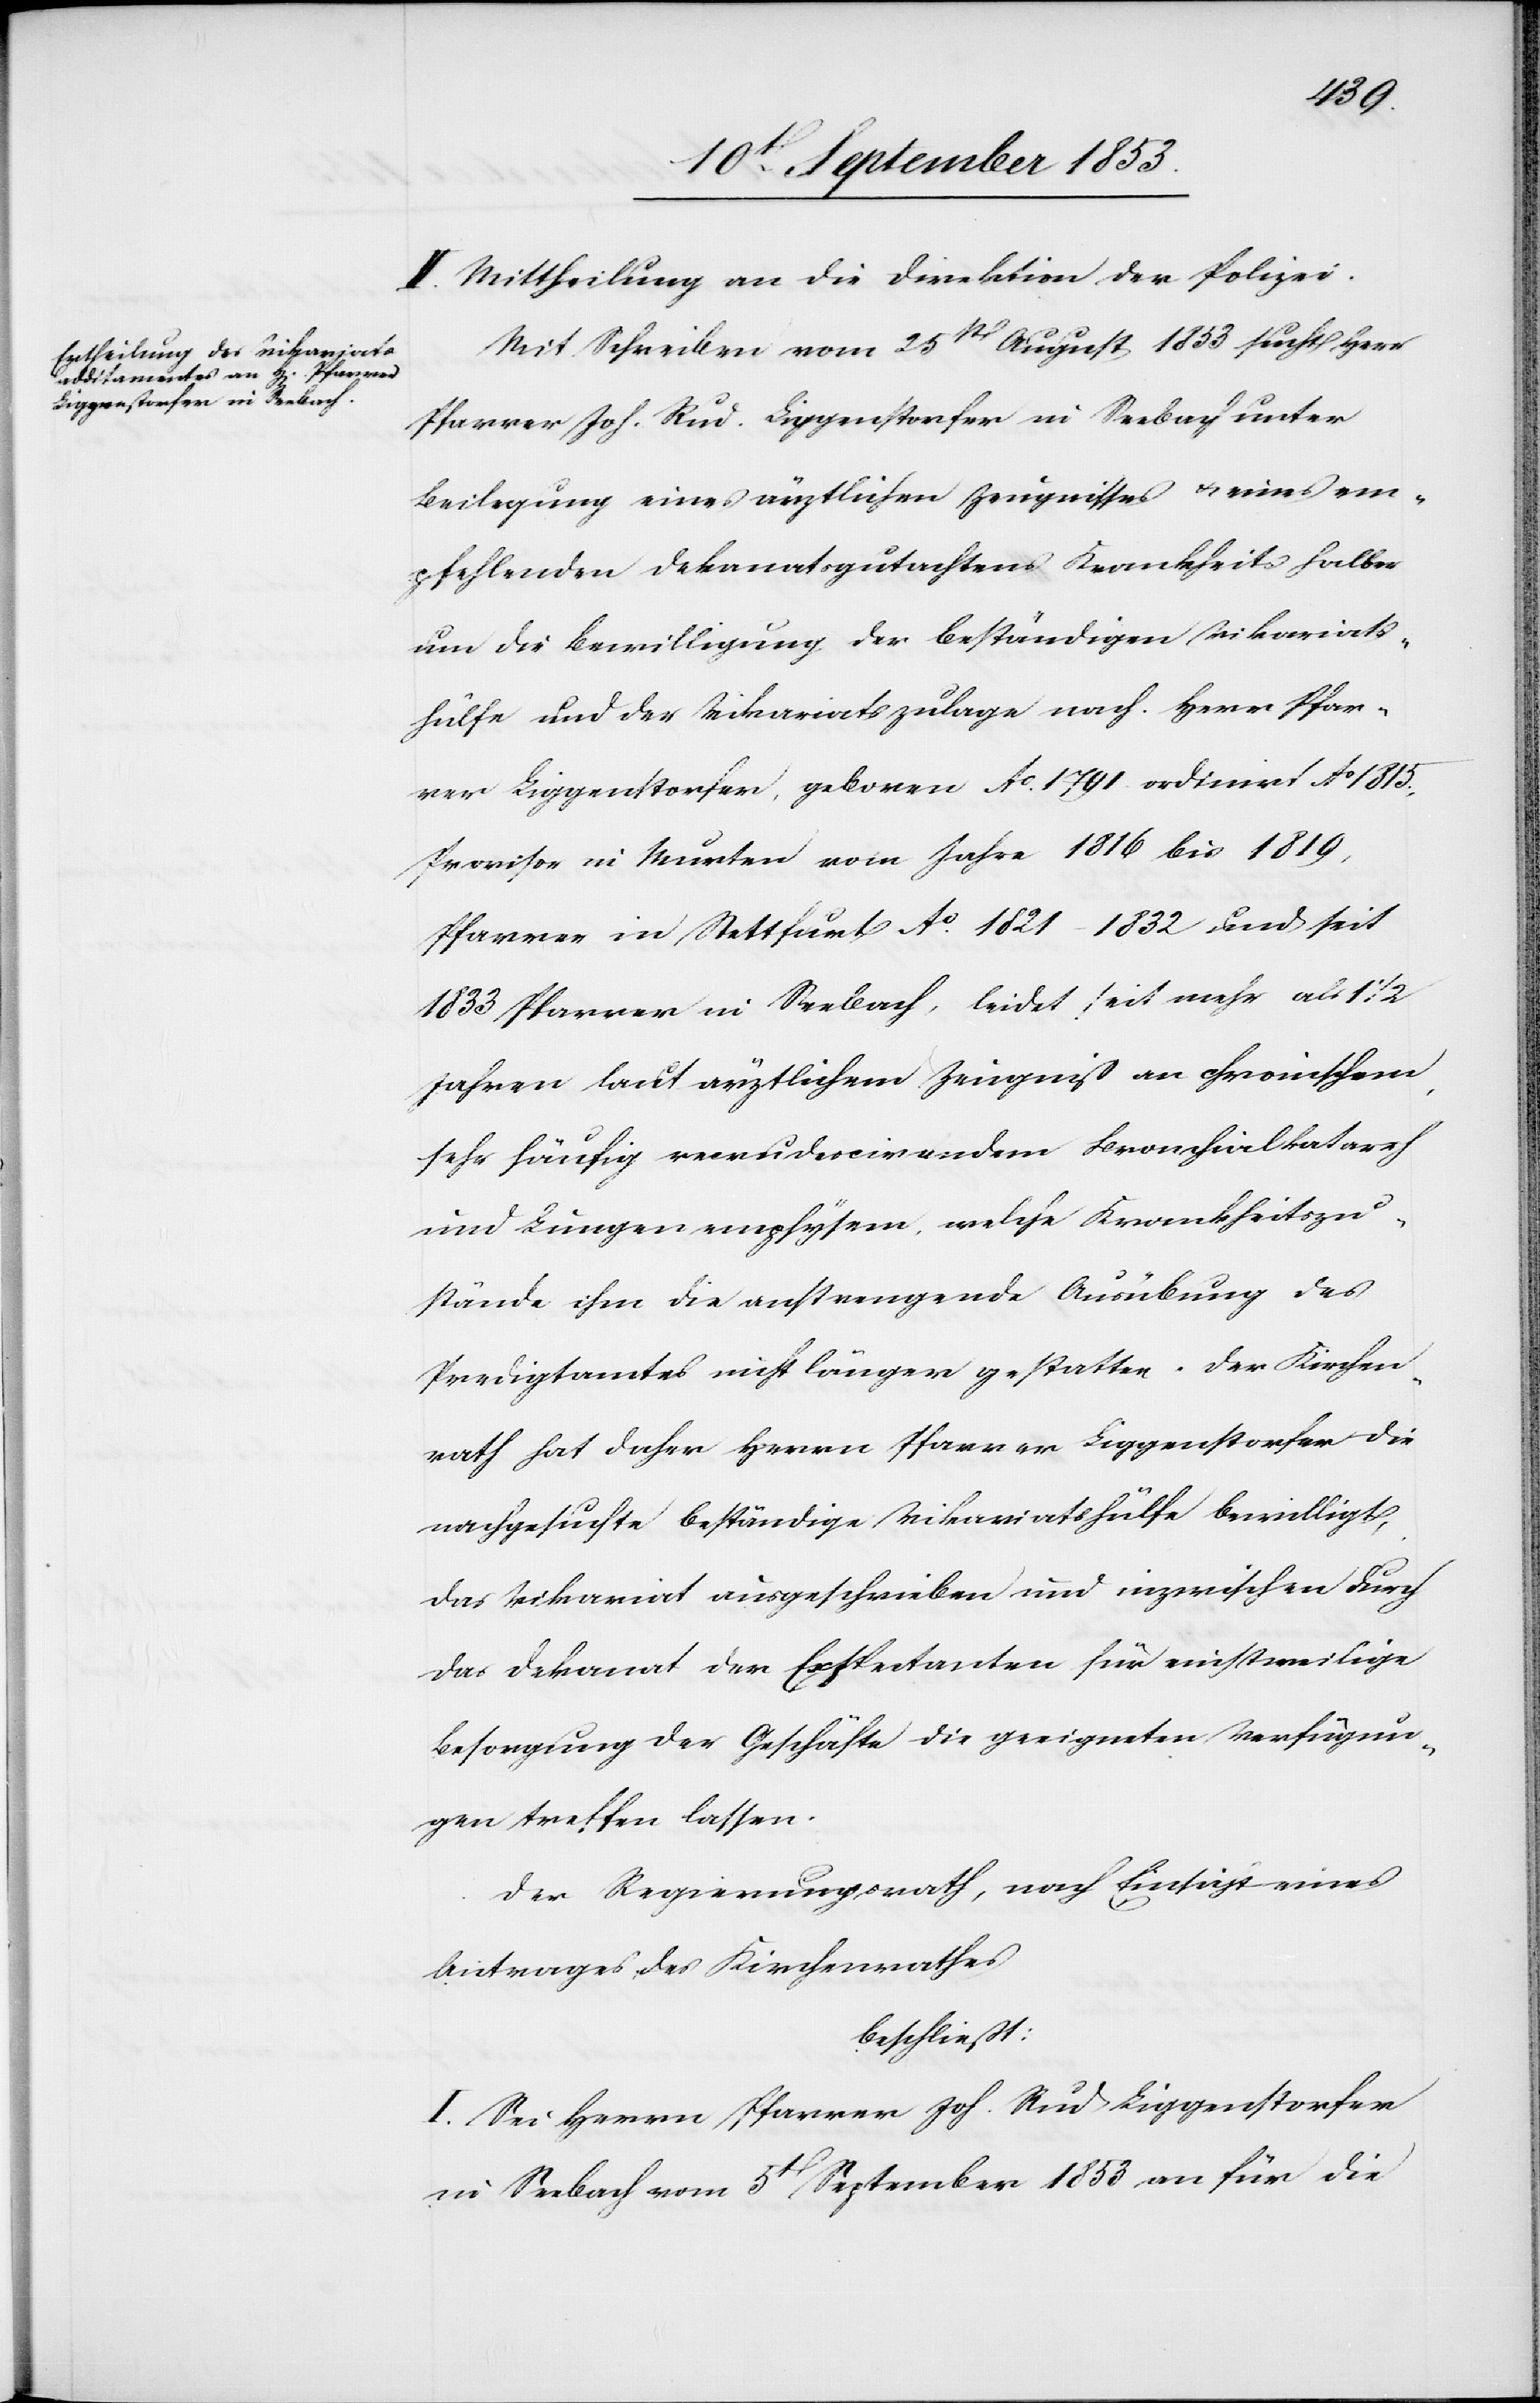
II. Mittheilung an die Direktion der Polizei.
Mit Schreiben vom 25t August 1853 sucht Herr
Pfarrer Joh. Rud. Liggenstorfer in Seebach unter
Beilegung eines ärztlichen Zeugnisses u. eines em¬
pfehlenden Dekanatsgutachtens krankheitshalber
um die Bewilligung der beständigen Vikariats¬
hülfe und der Vikariatszulage nach. Herr Pfar¬
rer Liggenstorfer, geboren Ao. 1791 ordinirt Ao. 1815,
Provisor in Murten vom Jahre 1816 bis 1819,
Pfarrer in Stettfurt Ao. 1821–1832 und seit
1833 Pfarrer in Seebach, leidet seit mehr als 1 ½
Jahren laut ärztlichem Zeugniß an chronischem,
sehr häufig recrudecirenden [sic!] Bronchialkatarrh
und Lungenempfysem, welche Krankheitszu¬
stände ihm die anstrengende Ausübung des
Predigtamtes nicht länger gestatten. Der Kirchen¬
rath hat daher Herrn Pfarrer Liggenstorfer die
nachgesuchte beständige Vikariatshülfe bewilligt,
das Vikariat ausgeschrieben und inzwischen durch
das Dekanat der Expectanten für einstweilige
Besorgung der Geschäfte die geeigneten Verfügun¬
gen treffen lassen.
Der Regierungsrath, nach Einsicht eines
Beitrages des Kirchenrathes,
beschließt:
I. Sei Herrn Pfarrer Joh. Rud Liggenstorfer
in Seebach vom 5t September 1853 an für die